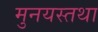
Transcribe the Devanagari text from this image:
मुनयस्तथा